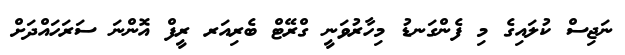
ނަޖިސް ކުލައިގެ މި ފެންގަނޑު މިހާރުވަނީ ގްރޭޓް ބެރިއަރ ރީފް އޮންނަ ސަރަހައްދަށް